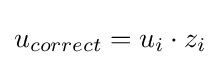
u_{correct}=u_{i}\cdot z_{i}